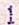
1